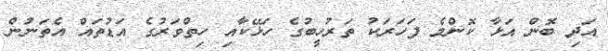
އަދި ބޮން އަޅާ ކޮންމެ ފަހަރަކު ތަރުހީބުގެ ހަޅޭކާއި ހިތްވަރުގެ އަޑުތައް އެތަނުން